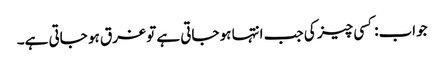
جواب:کسی چیز کی جب انتہا ہو جاتی ہے تو غرق ہو جاتی ہے۔